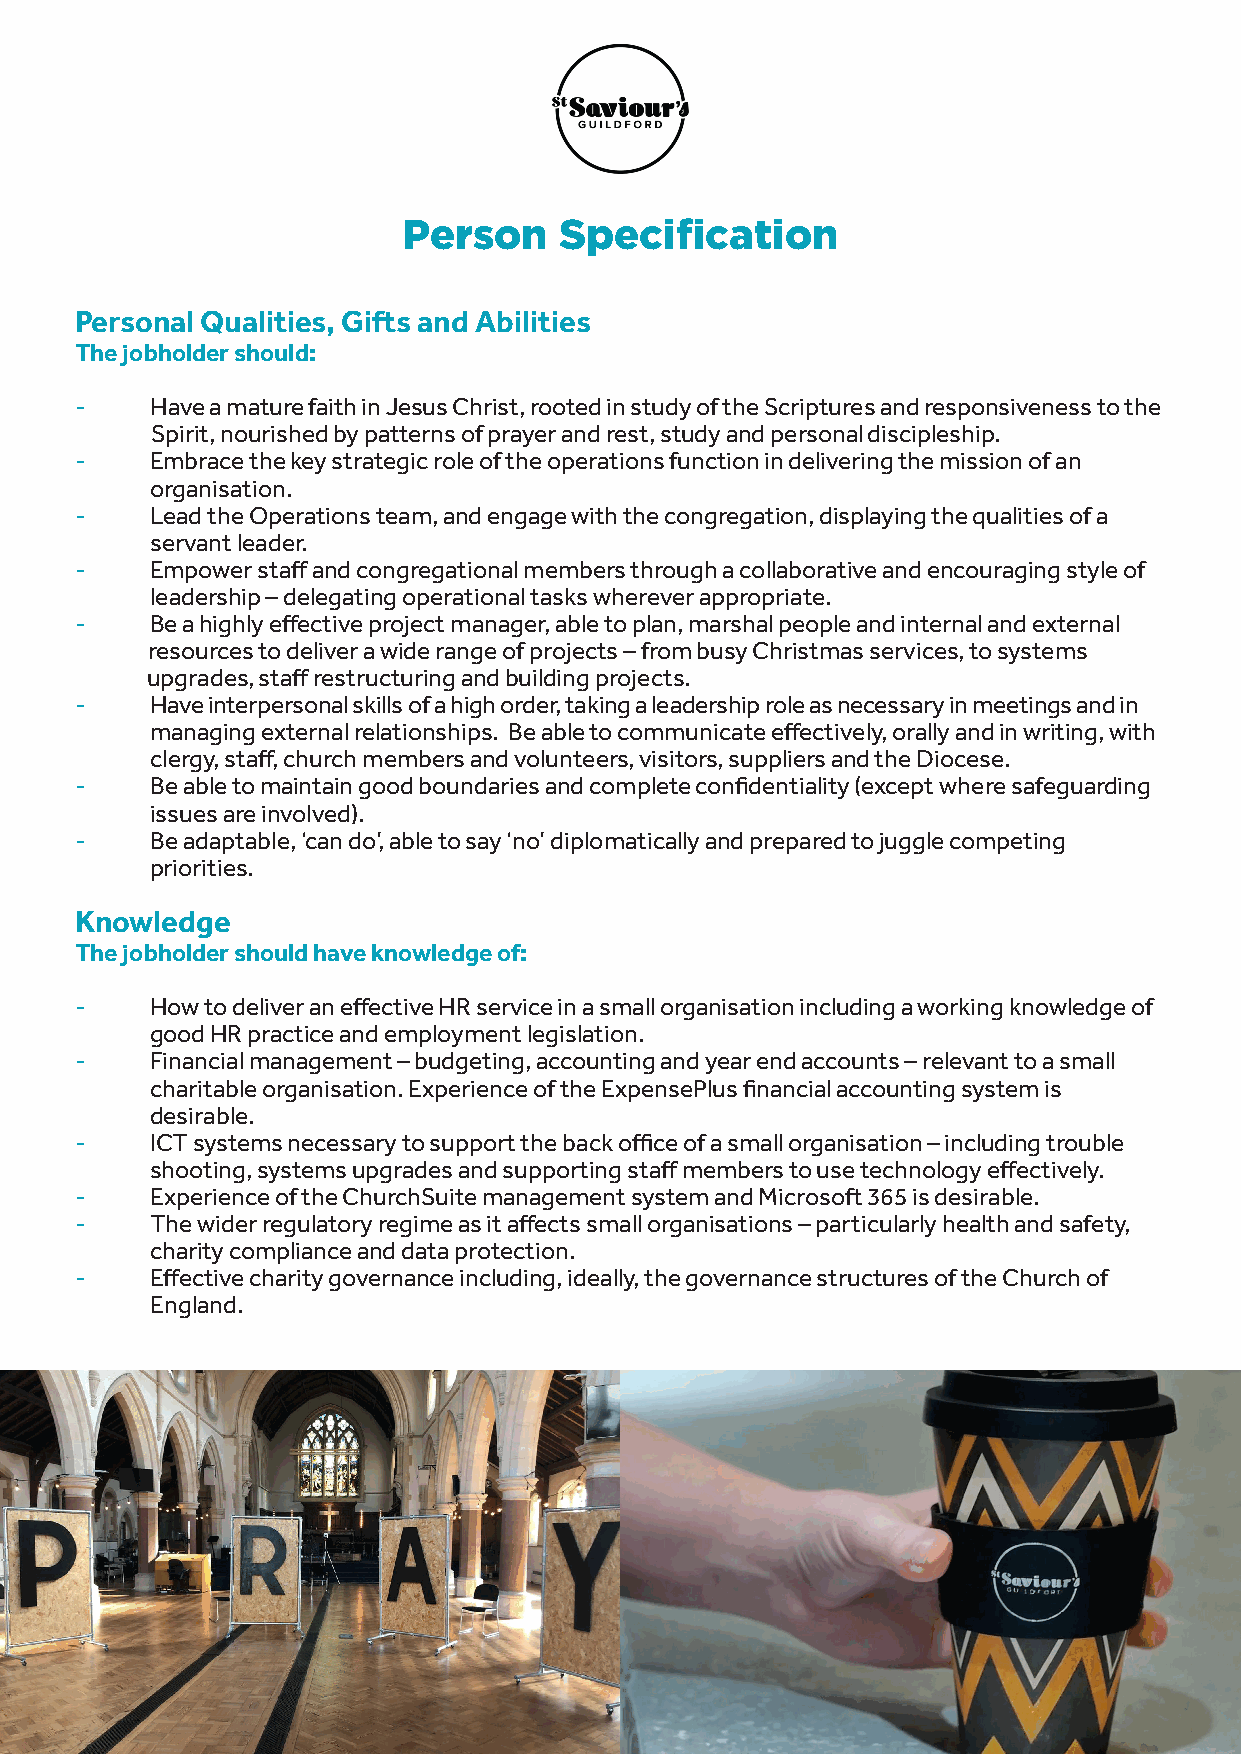
Person    Specification
 Personal Qualities, Gifts and Abilities
 The jobholder should:
 -    Have a mature faith in Jesus Christ, rooted in study of the Scriptures and responsiveness to the
 Spirit, nourished by patterns of prayer and rest, study and personal discipleship.
 -    Embrace the key strategic role of the operations function in delivering the mission of an
 organisation.
 -    Lead the Operations team, and engage with the congregation, displaying the qualities of a
 servant leader.
 -    Empower staff and congregational members through a collaborative and encouraging style of
 leadership – delegating operational tasks wherever appropriate.
 -    Be a highly effective project manager, able to plan, marshal people and internal and external
 resources to deliver a wide range of projects – from busy Christmas services, to systems
 upgrades, staff restructuring and building projects.
 -    Have interpersonal skills of a high order, taking a leadership role as necessary in meetings and in
 managing external relationships. Be able to communicate effectively, orally and in writing, with
 clergy, staff, church members and volunteers, visitors, suppliers and the Diocese.
 -    Be able to maintain good boundaries and complete confidentiality (except where safeguarding
 issues are involved).
 -    Be adaptable, ‘can do’, able to say ‘no’ diplomatically and prepared to juggle competing
 priorities.
 Knowledge
 The jobholder should have knowledge of:
 -    How to deliver an effective HR service in a small organisation including a working knowledge of
 good HR practice and employment legislation.
 -    Financial management – budgeting, accounting and year end accounts – relevant to a small
 charitable organisation. Experience of the ExpensePlus financial accounting system is
 desirable.
 -    ICT systems necessary to support the back office of a small organisation – including trouble
 shooting, systems upgrades and supporting staff members to use technology effectively.
 -    Experience of the ChurchSuite management system and Microsoft 365 is desirable.
 -    The wider regulatory regime as it affects small organisations – particularly health and safety,
 charity compliance and data protection.
 -    Effective charity governance including, ideally, the governance structures of the Church of
 England.